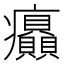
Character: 𤼟